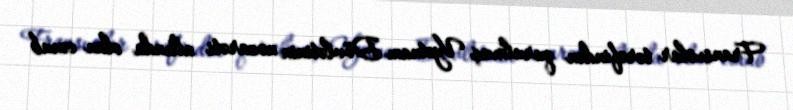
Fransızlar tərəfindən qurulmuş Vyetnam Dövlətinin nəzarəti altında olan cənub